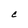
Character: C